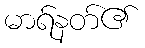
မာရ်နတ်၏